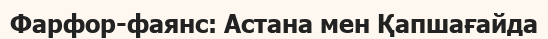
Фарфор-фаянс: Астана мен Қапшағайда